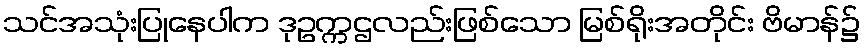
သင်အသုံးပြုနေပါက ဒုဥက္ကဌလည်းဖြစ်သော မြစ်ရိုးအတိုင်း ဗိမာန်၌